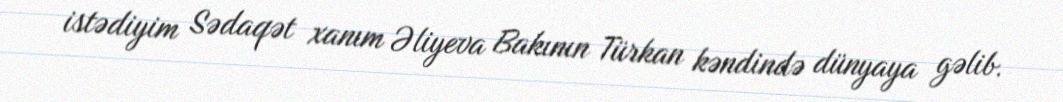
istədiyim Sədaqət xanım Əliyeva Bakının Türkan kəndində dünyaya gəlib.